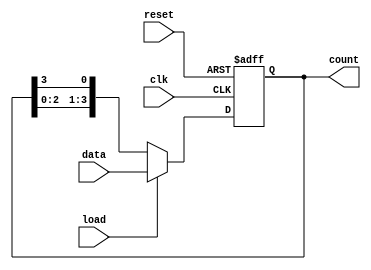
module LoadableRingCounter #(
    parameter N = 4 // Number of bits in the counter
) (
    input wire clk,              // Clock signal
    input wire reset,            // Reset signal
    input wire load,             // Load signal
    input wire [N-1:0] data,     // Data input for loading
    output reg [N-1:0] count     // Current state of the counter
);

    always @(posedge clk or posedge reset) begin
        if (reset) begin
            // Reset the counter to all zeros
            count <= 0;
        end else if (load) begin
            // Load the new value into the counter
            count <= data;
        end else begin
            // Perform the ring counter operation
            // Shift the '1' bit to the next flip-flop
            count <= {count[N-2:0], count[N-1]};
        end
    end

endmodule